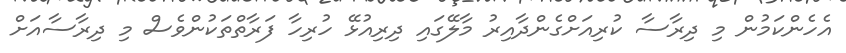
އެހެންކަމުން މި ދިރާސާ ކުރިއަށްގެންދާއިރު މާލޭގައި ދިރިއުޅޭ ހުރިހާ ފަރާތްތަކުންވެސް މި ދިރާސާއަށް